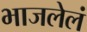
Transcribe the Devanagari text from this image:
भाजलेलं